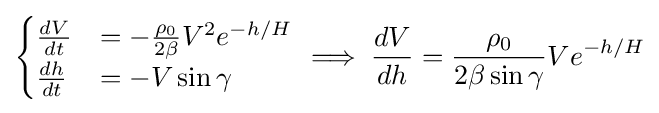
{\begin{cases}{\frac {dV}{dt}}&=-{\frac {\rho _{0}}{2\beta }}V^{2}e^{-h/H}\\{\frac {dh}{dt}}&=-V\sin \gamma \end{cases}}\implies {\frac {dV}{dh}}={\frac {\rho _{0}}{2\beta \sin \gamma }}Ve^{-h/H}